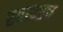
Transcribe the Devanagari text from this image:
स्वान्श्च